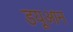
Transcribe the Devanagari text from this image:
डयूआन